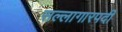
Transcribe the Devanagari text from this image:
सल्लागारपदी